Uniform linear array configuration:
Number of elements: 48
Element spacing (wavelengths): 1
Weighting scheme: binomial
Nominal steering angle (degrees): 60
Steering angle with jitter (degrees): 60.646
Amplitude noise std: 0.05
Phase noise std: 0.05

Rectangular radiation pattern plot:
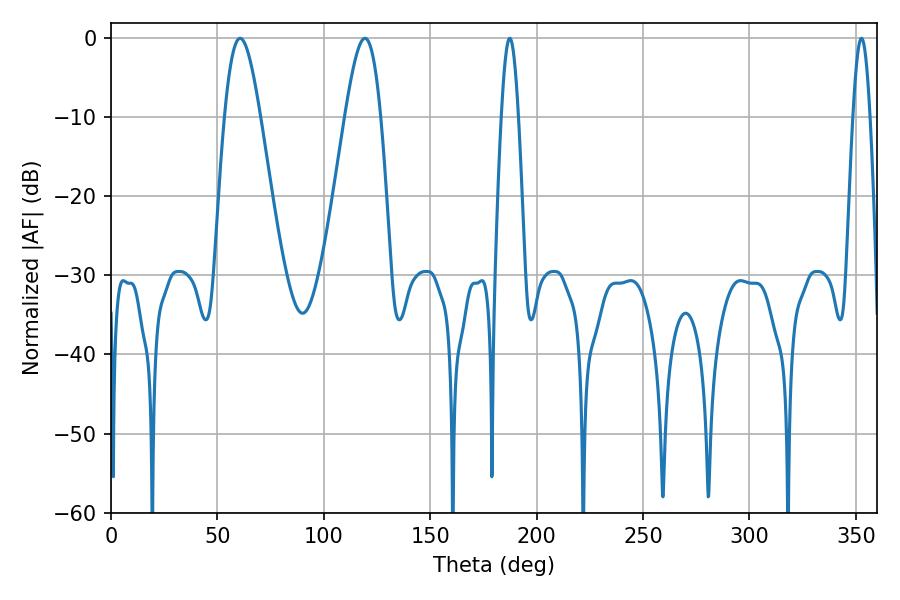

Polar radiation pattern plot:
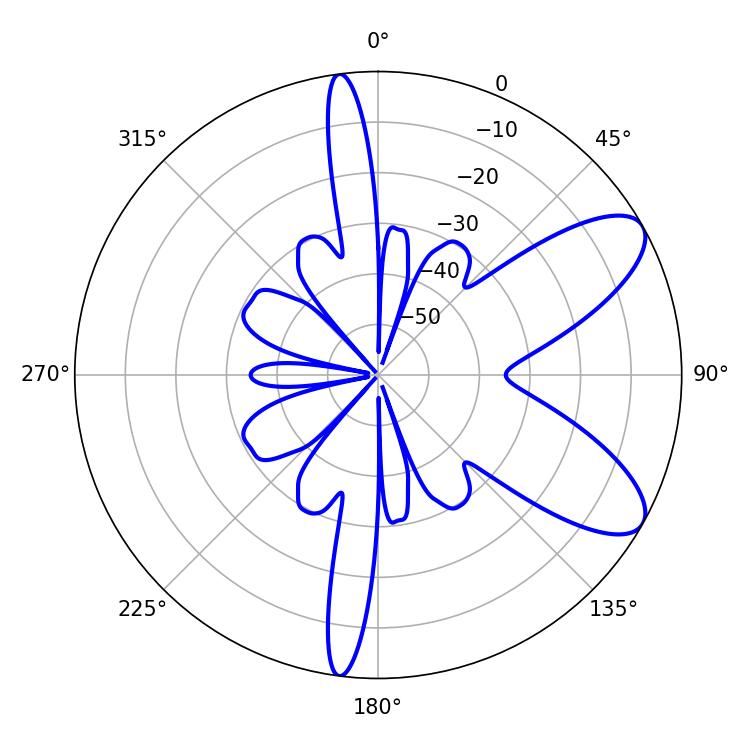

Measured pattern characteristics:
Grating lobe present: TRUE
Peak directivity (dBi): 8.535
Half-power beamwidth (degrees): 9
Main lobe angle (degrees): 60.66